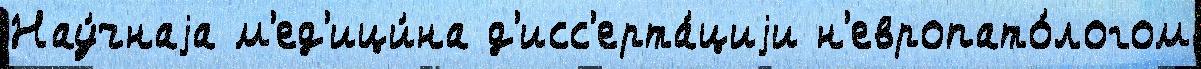
Нау́чнаjа м'ед'ици́на д'исс'ерта́циjи н'европато́логом